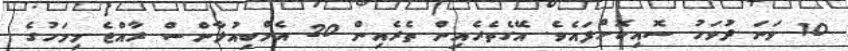
10 ވަނަ ދުވަހު ސޮއިކޮށްފައެވެ. އޭގެތެރެއިން ތެރެއިން 20 އެމްބިއުލާންސް ރާއްޖެ މިމަހުގެ